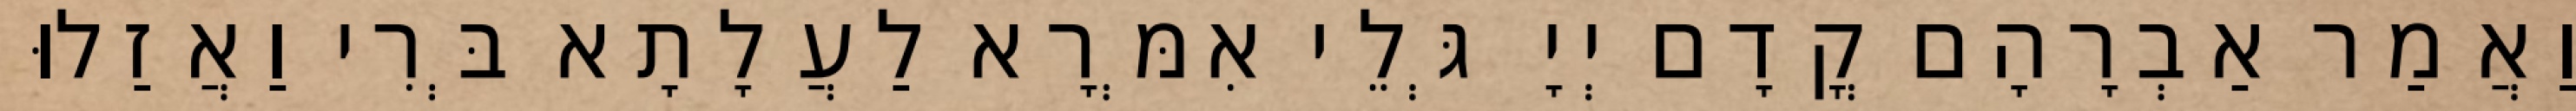
וַאֲמַר אַבְרָהָם קֳדָם יְיָ גְּלֵי אִמְּרָא לַעֲלָתָא בְּרִי וַאֲזַלוּ